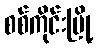
စစ်ကိုင်းမြို့